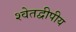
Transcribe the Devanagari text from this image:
श्वेतद्वीपीय